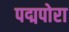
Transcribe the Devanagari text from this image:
पद्मपोरा